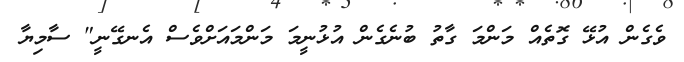
ވެގެން އުޅޭ ގޮތެއް މަންމަ ގާތު ބުނެގެން އުޅުނީމަ މަންމައަށްވެސް އެނގޭނީ" ސާމިޔާ